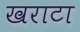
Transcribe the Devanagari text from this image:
खराटा